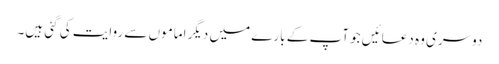
دوسری وہ دعائیں جو آپ کے بارے میں دیگر اماموں سے روایت کی گئی ہیں۔